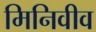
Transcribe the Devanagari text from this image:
मिनिवीव